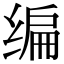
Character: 编